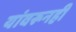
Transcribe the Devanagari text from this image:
यांवरूनही